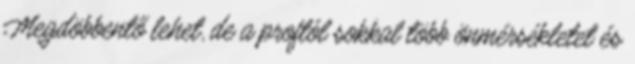
Megdöbbentő lehet, de a proftól sokkal több önmérsékletet és